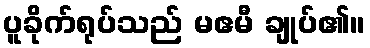
ပူခိုက်ရုပ်သည် မဧမီ ချုပ်၏။